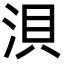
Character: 浿